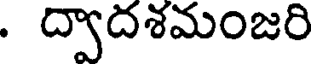
. ద్వాదశమంజరి